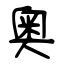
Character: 奥